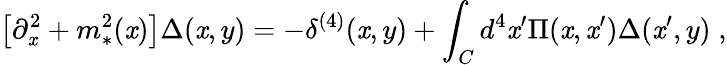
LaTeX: \big[\partial_{\mathit{x}}^{2}+m_{*}^{2}(\mathit{x})\big]\Delta(\mathit{x},y)=-\delta^{(4)}(\mathit{x},y)+\int_{C}d^{4}\mathit{x}^{\prime}\Pi(\mathit{x},\mathit{x}^{\prime})\Delta(\mathit{x}^{\prime},y)\; ,